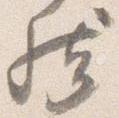
然